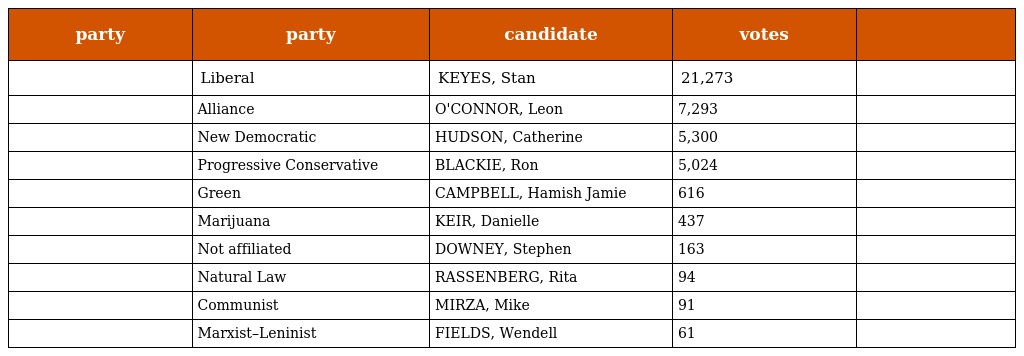
| party | party | candidate | votes |  |
 | --- | --- | --- | --- | --- |
 |  | Liberal | KEYES, Stan | 21,273 |  |
 |  | Alliance | O'CONNOR, Leon | 7,293 |  |
 |  | New Democratic | HUDSON, Catherine | 5,300 |  |
 |  | Progressive Conservative | BLACKIE, Ron | 5,024 |  |
 |  | Green | CAMPBELL, Hamish Jamie | 616 |  |
 |  | Marijuana | KEIR, Danielle | 437 |  |
 |  | Not affiliated | DOWNEY, Stephen | 163 |  |
 |  | Natural Law | RASSENBERG, Rita | 94 |  |
 |  | Communist | MIRZA, Mike | 91 |  |
 |  | Marxist–Leninist | FIELDS, Wendell | 61 |  |